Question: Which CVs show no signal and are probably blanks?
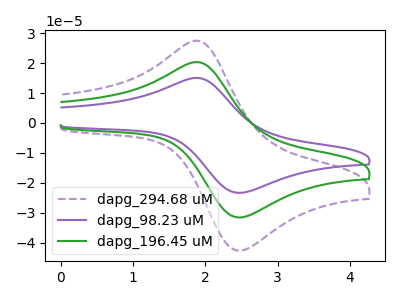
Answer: <think>The purple dashed curve "dapg_294.68 uM" has an anodic peak at (1.90V, 40.65uA) and a cathodic peak at (2.40V, -62.80uA). The purple curve "dapg_98.23 uM" has an anodic peak at (1.90V, 15.05uA) and a cathodic peak at (2.40V, -23.25uA). The green curve "dapg_196.45 uM" has an anodic peak at (1.90V, 20.30uA) and a cathodic peak at (2.40V, -31.40uA).</think>
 <answer>There are not any CV's on this graph that are likely to be blanks.</answer>
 <eval>none</eval>